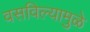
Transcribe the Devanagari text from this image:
वसविल्यामुळे